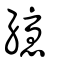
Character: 纋